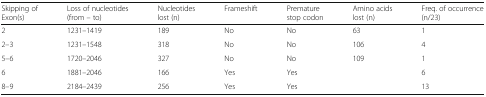
<table><thead><tr><td><b>Skipping of Exon(s)</b></td><td><b>Loss of nucleotides (from – to)</b></td><td><b>Nucleotides lost (n)</b></td><td><b>Frameshift</b></td><td><b>Premature stop codon</b></td><td><b>Amino acids lost (n)</b></td><td><b>Freq. of occurrence (n/23)</b></td></tr></thead><tbody><tr><td>2</td><td>1231–1419</td><td>189</td><td>No</td><td>No</td><td>63</td><td>1</td></tr><tr><td>2–3</td><td>1231–1548</td><td>318</td><td>No</td><td>No</td><td>106</td><td>4</td></tr><tr><td>5–6</td><td>1720–2046</td><td>327</td><td>No</td><td>No</td><td>109</td><td>1</td></tr><tr><td>6</td><td>1881–2046</td><td>166</td><td>Yes</td><td>Yes</td><td></td><td>6</td></tr><tr><td>8–9</td><td>2184–2439</td><td>256</td><td>Yes</td><td>Yes</td><td></td><td>13</td></tr></tbody></table>